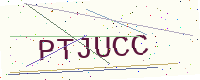
Text: PTJUCC